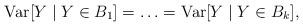
LaTeX: \begin{align*}\textrm{Var}[Y \mid Y \in B_1]=\ldots=\textrm{Var}[Y \mid Y \in B_k],\end{align*}